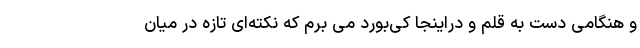
و هنگامی دست به قلم و دراینجا کی‌بورد می برم که نکته‌ای تازه در میان